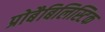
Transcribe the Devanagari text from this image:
प्रोबैबिलिस्टिक